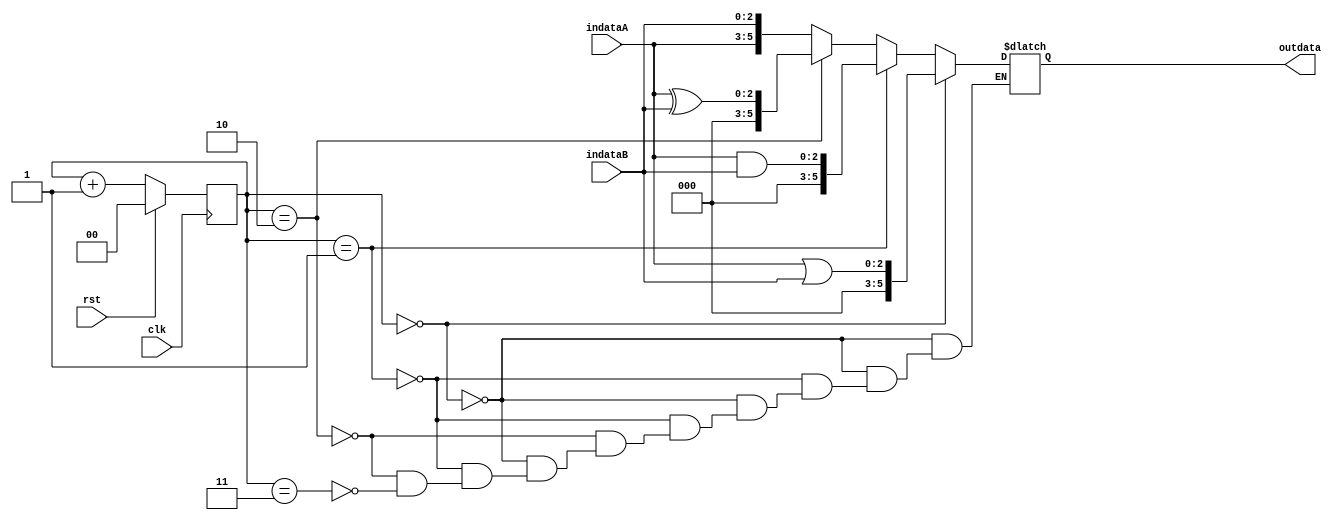
`timescale 1ns/10ps
module marquee(
  clk,
  rst,
  indataA,
  indataB,
  outdata
  );

input clk;
input rst;  
input  [2:0] indataA;
input  [2:0] indataB;

output reg[5:0] outdata;


reg [1:0] counter_r, counter_n;


// To do:
// Please fulfill the code to make your output waveform the same as our specification

// To do:
// Please add sequential code here:
always@(posedge clk)begin
    if(rst)begin
	counter_r <= 2'b00;
    end
    else begin
	counter_r <= counter_r + 2'b01;
    end
end



// To do:
// please add combinational code here:
always@(*)begin
     if(counter_r == 0)begin
	outdata = indataA | indataB;
     end
     else if(counter_r == 1)begin
	outdata = indataA & indataB;
     end
     else if(counter_r == 2)begin
	outdata = indataA ^ indataB;
     end
     else if(counter_r == 3)begin
	outdata = {indataA , indataB};
     end
end

endmodule